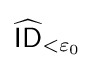
{\widehat {\mathsf {ID}}}_{<\varepsilon _{0}}